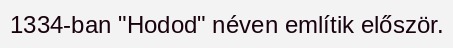
1334-ban "Hodod" néven említik először.